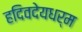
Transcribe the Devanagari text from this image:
हदिवदेयधर्म